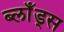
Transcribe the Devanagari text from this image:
ब्लाँड्स